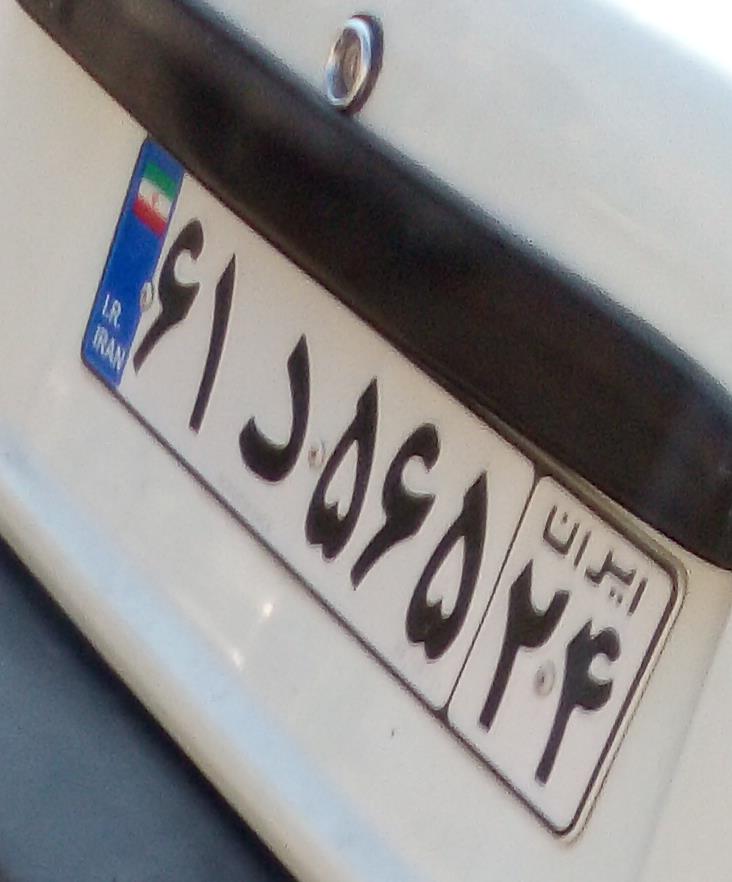
۶۱د۵۶۵۲۴